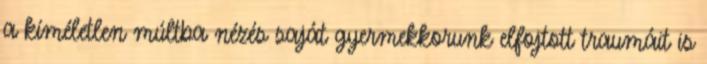
a kíméletlen múltba nézés saját gyermekkorunk elfojtott traumáit is